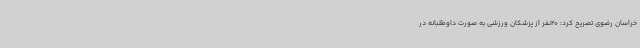
خراسان رضوی تصریح کرد: 20نفر از پزشکان ورزشی به صورت داوطلبانه در